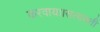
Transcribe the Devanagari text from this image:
करवाया।सत्यवती